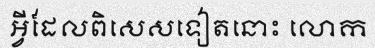
អ្វីដែលពិសេសទៀតនោះ លោក